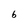
Character: 6